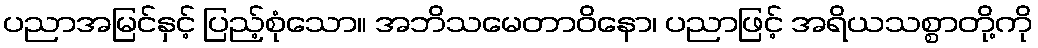
ပညာအမြင်နှင့် ပြည့်စုံသော။ အဘိသမေတာဝိနော၊ ပညာဖြင့် အရိယသစ္စာတို့ကို